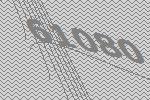
61080